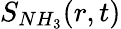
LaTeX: S_{NH_{3}}(r,t)